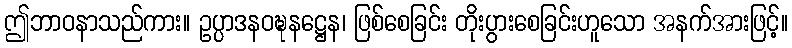
ဤဘာဝနာသည်ကား။ ဥပ္ပာဒနဝဍ္ဎနဋ္ဌေန၊ ဖြစ်စေခြင်း တိုးပွားစေခြင်းဟူသော အနက်အားဖြင့်။